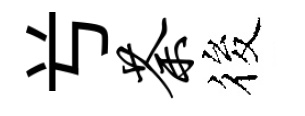
𠔃荼筱